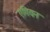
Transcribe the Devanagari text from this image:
एगियन